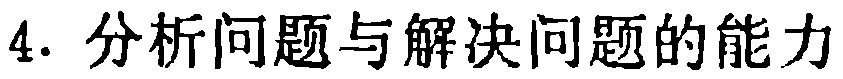
4. 分析问题与解决问题的能力